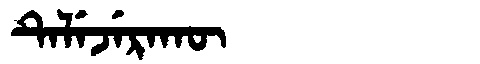
Manchu: ᡨᡝᠯᡝᠵᡝᡵᠠᡴᡡ
Romanization: TELEJERAKŪ